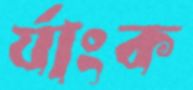
র‍্যাংক